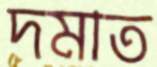
দমাত